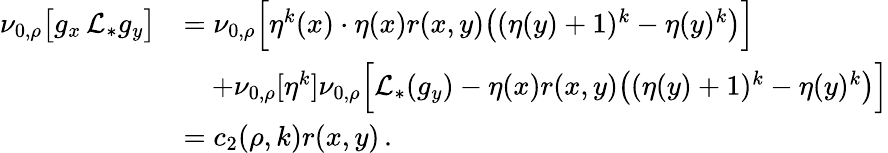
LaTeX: \begin{array}{rl}{\nu_{0,\rho}\big[g_{x}\, \mathcal L_{*}g_{y}\big]}&{=\nu_{0,\rho}\Big[\eta^{k}(x)\cdot\eta(x)r(x,y)\big((\eta(y)+1)^{k}-\eta(y)^{k}\big)\Big]}\\ &{\quad+\nu_{0,\rho}[\eta^{k}]\nu_{0,\rho}\Big[\mathcal L_{*}(g_{y})-\eta(x)r(x,y)\big((\eta(y)+1)^{k}-\eta(y)^{k}\big)\Big]}\\ &{=c_{2}(\rho,k)r(x,y)\, .}\end{array}